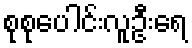
စုစုပေါင်းလူဦးရေ